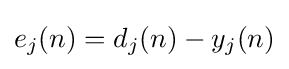
e_{j}(n)=d_{j}(n)-y_{j}(n)